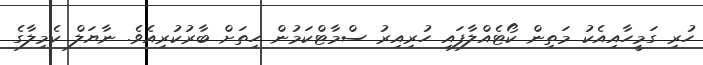
ހުރި ގަމީހާއިއެކު މަތިން ކޯޓެއްލާފައި ހުރިއިރު ސްމާޓްކަމުން ހިތަށް ބާރުކުރިއެވެ. ނާޔަލް ކެމިލާގެ